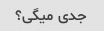
جدی میگی؟